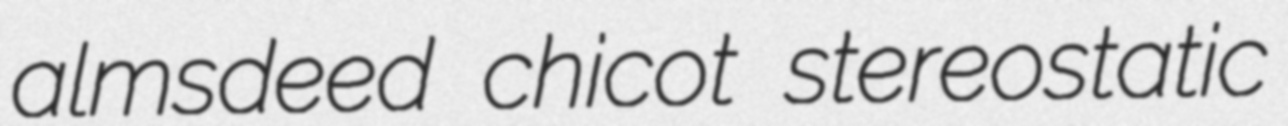
almsdeed chicot stereostatic